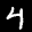
Label: 4